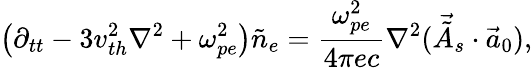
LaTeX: \left(\partial_{tt}-3v_{th}^{2}\nabla^{2}+\omega_{pe}^{2}\right)\tilde{n}_{e}=\frac{\omega_{pe}^{2}}{4\pi ec}\nabla^{2}(\vec{\tilde{A}}_{s}\cdot\vec{a}_{0}),